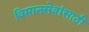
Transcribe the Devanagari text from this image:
विमानसेवांसाठी